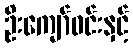
ဦးကျော်ဝင်းနှင့်